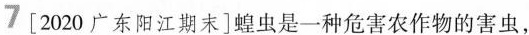
7 [2020广东阳江期末]蝗虫是一种危害农作物的害虫，